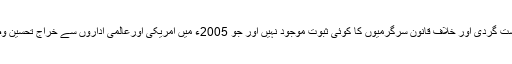
جس کے خلاف دہشت گردی اور خلاف قانون سرگرمیوں کا کوئی ثبوت موجود نہیں اور جو 2005ء میں امریکی اورعالمی اداروں سے خراج تحسین وصول کر چکی ہے۔